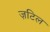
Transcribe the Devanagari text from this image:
ज़टिल